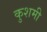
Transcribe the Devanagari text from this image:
कुशमी